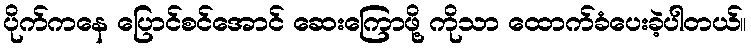
ပိုက်ကနေ ပြောင်စင်အောင် ဆေးကြောဖို့ ကိုသာ ထောက်ခံပေးခဲ့ပါတယ်။